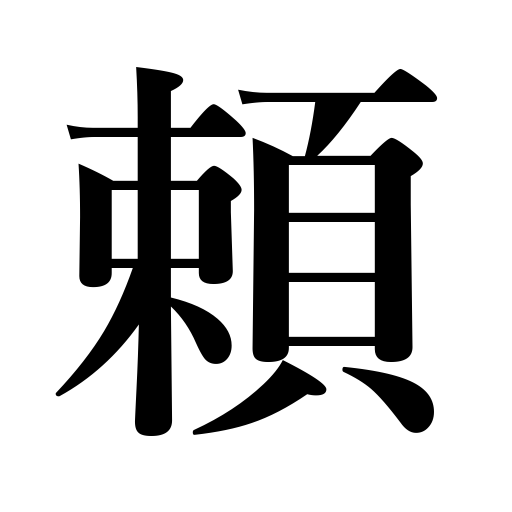
Meanings: employ,have recourse to,hopeful,entreat,call in,rely on,appeal,commission,depend on,trust in,trustworthy,request,reliable,ask,entrust to